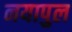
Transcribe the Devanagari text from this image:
नयापुल